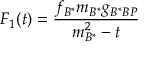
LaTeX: F _ { 1 } ( t ) = \frac { f _ { B ^ { * } } m _ { B ^ { * } } g _ { B ^ { * } B P } } { m _ { B ^ { * } } ^ { 2 } - t }